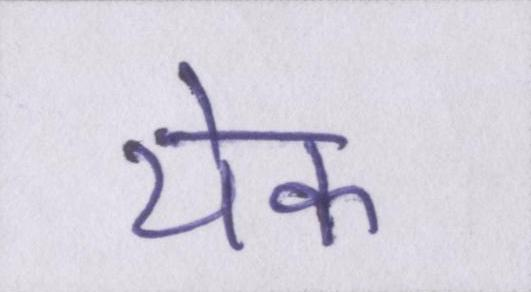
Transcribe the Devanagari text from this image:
येक